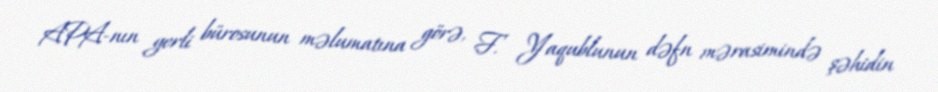
APA-nın yerli bürosunun məlumatına görə, F. Yaqublunun dəfn mərasimində şəhidin